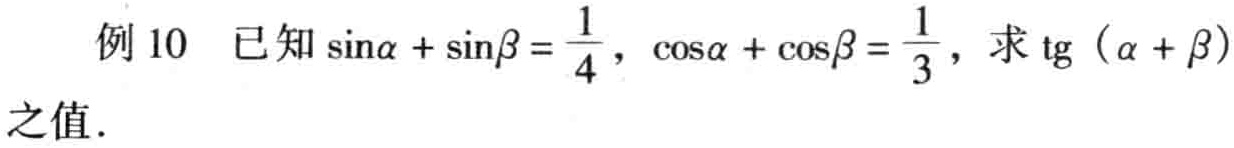
例 10 已知\(\sin\alpha + \sin\beta = \frac{1}{4}\)，\(\cos\alpha + \cos\beta = \frac{1}{3}\)，求\(\text{tg}(\alpha + \beta)\)之值.